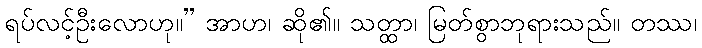
ရပ်လင့်ဦးလောဟု။” အာဟ၊ ဆို၏။ သတ္ထာ၊ မြတ်စွာဘုရားသည်။ တဿ၊